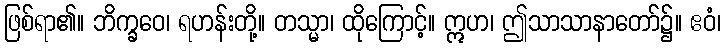
ဖြစ်ရာ၏။ ဘိက္ခဝေ၊ ရဟန်းတို့။ တသ္မာ၊ ထိုကြောင့်။ ဣဟ၊ ဤသာသာနာတော်၌။ ဧဝံ၊